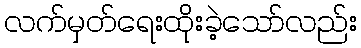
လက်မှတ်ရေးထိုးခဲ့သော်လည်း